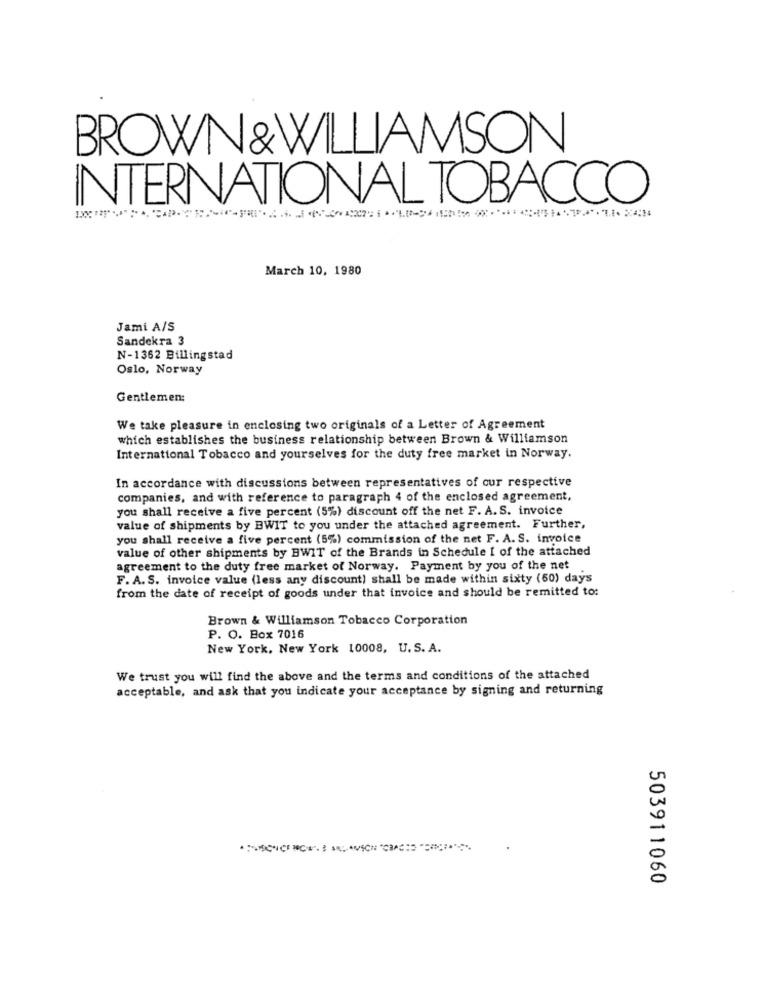
BROWN&WILLIAMSON
INTERNATIONAL TOBACCO
March 10, 1980
Jami A/S
Sandekra 3
N-1362 Billingstad
Oslo, Norway
Gentlemen:
We take pleasure in enclosing two originals of a Letter of Agreement
which establishes the business relationship between Brown & Williamson
International Tobacco and yourselves for the duty free market in Norway.
In accordance with discussions between representatives of our respective
companies, and with reference to paragraph 4 of the enclosed agreement,
you shall receive a five percent (5%) discount off the net F. A. S. invoice
value of shipments by BWIT to you under the attached agreement. Further,
you shall receive a five percent (5%) commission of the net F. A. S. invoice
value of other shipments by BWIT of the Brands in Schedule I of the attached
agreement to the duty free market of Norway. Payment by you of the net
F. A.S. invoice value (less any discount) shall be made within sixty (60) days
from the date of receipt of goods under that invoice and should be remitted to:
Brown & Williamson Tobacco Corporation
P. O. Box 7016
New York, New York 10008, U.S. A.
We trust you will find the above and the terms and conditions of the attached
acceptable, and ask that you indicate your acceptance by signing and returning
503911060